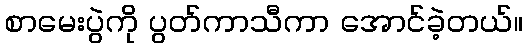
စာမေးပွဲကို ပွတ်ကာသီကာ အောင်ခဲ့တယ်။